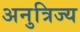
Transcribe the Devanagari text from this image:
अनुत्रिज्य